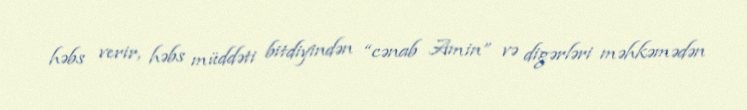
həbs verir, həbs müddəti bitdiyindən “cənab Amin” və digərləri məhkəmədən